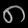
Digit: ၈